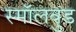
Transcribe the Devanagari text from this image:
स्मॉलवुड